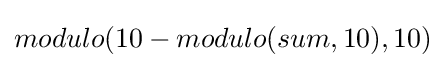
modulo(10-modulo(sum,10),10)